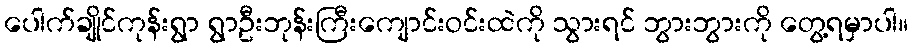
ပေါက်ချိုင်ကုန်းရွာ ရွာဦးဘုန်းကြီးကျောင်းဝင်းထဲကို သွားရင် ဘွားဘွားကို တွေ့ရမှာပါ။